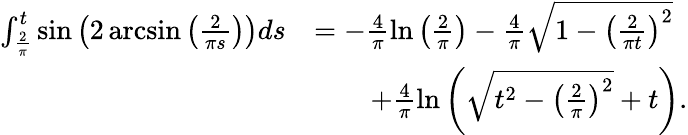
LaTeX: \begin{array}{rl}{\int_{\frac{2}{\pi}}^{t}\sin\left(2\arcsin\left(\frac{2}{\pi s}\right)\right)ds}&{=-\frac{4}{\pi}\ln\left(\frac{2}{\pi}\right)-\frac{4}{\pi}\sqrt{1-\left(\frac{2}{\pi t}\right)^{2}}}\\ &{\qquad+\frac{4}{\pi}\ln\left(\sqrt{t^{2}-\left(\frac{2}{\pi}\right)^{2}}+t\right).}\end{array}